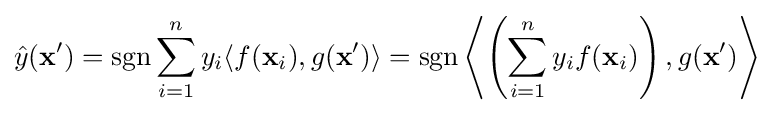
{\hat {y}}(\mathbf {x'} )=\operatorname {sgn} \sum _{i=1}^{n}y_{i}\langle f(\mathbf {x} _{i}),g(\mathbf {x'} )\rangle =\operatorname {sgn} \left\langle \left(\sum _{i=1}^{n}y_{i}f(\mathbf {x} _{i})\right),g(\mathbf {x'} )\right\rangle